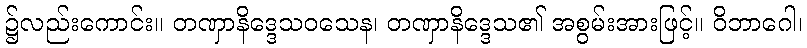
၌လည်းကောင်း။ တဏှာနိဒ္ဒေသဝသေန၊ တဏှာနိဒ္ဒေသ၏ အစွမ်းအားဖြင့်။ ဝိဘာဂေါ၊